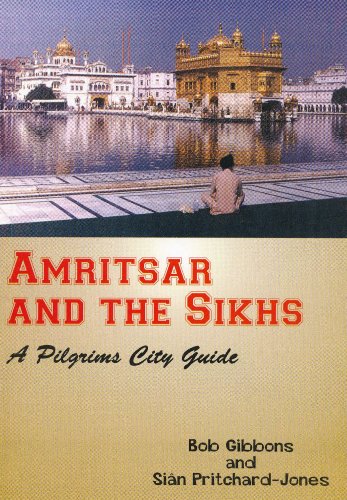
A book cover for Amritsar and the Sikhs: A Pilgrims City Guide; SiÃ¢n Pritchard Jones; Religion & Spirituality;